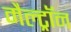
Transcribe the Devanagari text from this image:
मैल्ट्रॉन